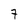
Character: 7